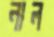
নাল